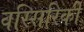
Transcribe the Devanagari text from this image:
वस्सिरिकी